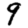
Digit: 9